system: You are a helpful assistant.
user:
Analyze the provided spectrum to determine if it is a **Carbon Star (C-type)**.

- **Key Visual Indicators of Carbon Star:**
    - **(Primary):** Strong molecular absorption from **C₂ (diatomic carbon) "Swan Bands."** This is the **defining feature** of a carbon star.
        - **(Key Bandheads):** Sharp absorption edges are visible at approximately $5635$ Å, $5165$ Å (the strongest band), and $4737$ Å.
        - **(Line Profile):** Creates a distinct **"saw-tooth"** pattern. The key morphology is a sharp, steep bandhead on the **red (long-wavelength) side**, which then gradually tapers off (i.e., flux recovers) towards the **blue (short-wavelength) side**. *(This is the direct opposite of the TiO bands seen in M-type stars)*.

    - **(Secondary):** Intense **CN (cyanogen)** molecular absorption bands.
        - **(Key Bandheads):** Located in the blue and violet regions of the spectrum (e.g., near $4215$ Å and $3883$ Å).
        - **(Morphology):** These bands are extremely broad and act as a "blanket," absorbing the vast majority of blue and violet light. This creates a characteristic **"cliff"** or **"steep drop-off"** in the spectrum's flux at short wavelengths.

    - **(Key Confirmation):** Strong **CH absorption band (G-band)**.
        - **(Key Bandhead):** Located around $4300$ Å. The contribution from CH molecules to this band is exceptionally strong.

    - **(Overall Spectrum):**
        - The continuum is severely "chopped up" by these deep molecular bands, especially C₂, rather than appearing as a smooth curve.
        - Due to the heavy CN and C₂ absorption in the blue-green, the vast majority of the star's flux is concentrated in the red part of the spectrum, giving the star its characteristic deep red color.

Think first, call **spectral_visualization_tool** if needed to examine features in detail, then provide your final answer. Your response must adhere to the following strict rules:
1.  **Overall Structure:** Your response must follow the format `<think>...</think> <tool_call>...</tool_call> (if a tool is used) <answer>...</answer>`.
2.  **Tool Usage Constraint:** You may only make **one** tool call per turn.
3.  **Final Answer Format:** In the `<answer>` tag, your conclusion must be inside a `\boxed{}` command (e.g., `\boxed{YES}`), followed by your justification.

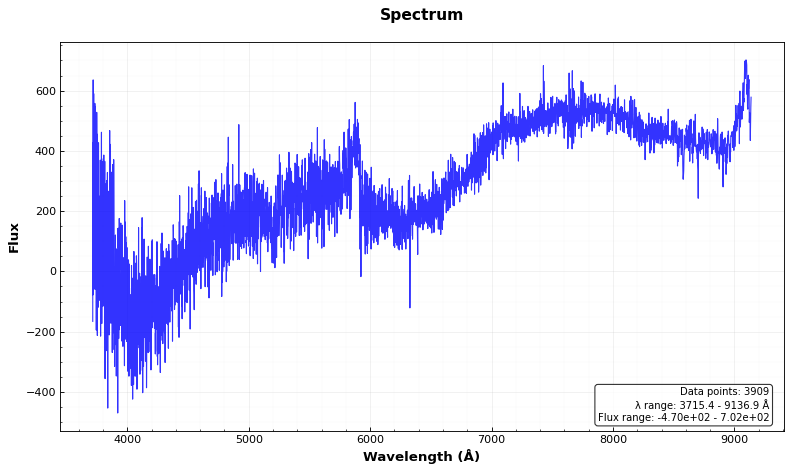
Answer: NO